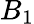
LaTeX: B_{\textrm{1}}